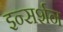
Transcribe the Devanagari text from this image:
इन्सर्शन